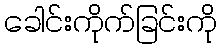
ခေါင်းကိုက်ခြင်းကို